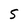
Character: S